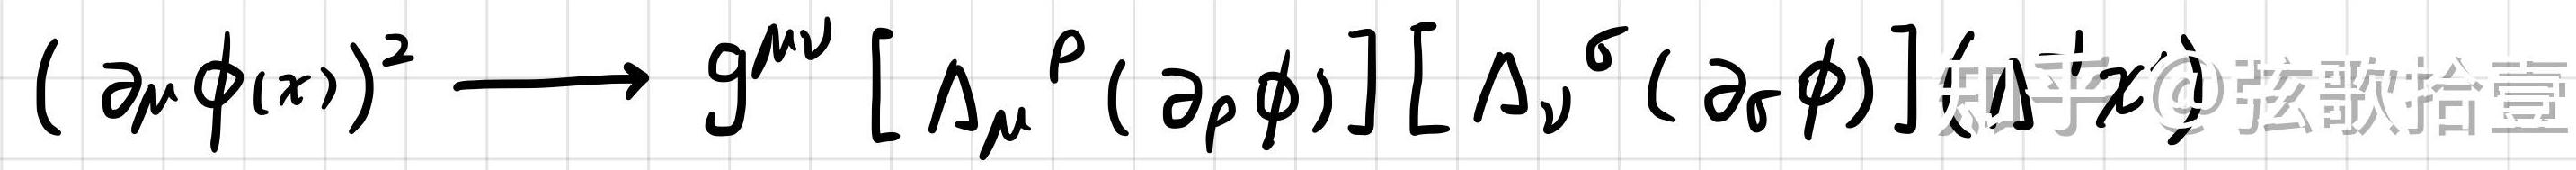
$(\partial_{\mu}\phi(x))^{2} \longrightarrow g^{\mu\nu}[\Lambda_{\mu}{}^{\rho}(\partial_{\rho}\phi)][\Lambda_{\nu}{}^{\sigma}(\partial_{\sigma}\phi)]$